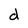
Character: d